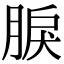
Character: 𦜏